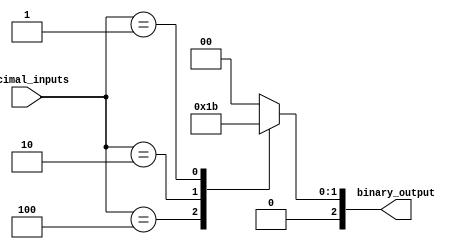
module Decimal_Priority_Encoder (
    input [3:0] decimal_inputs,
    output reg [2:0] binary_output
);

always @* begin
    case(decimal_inputs)
        4'b1000: binary_output = 3'b000; // Decimal input 8 has highest priority
        4'b0100: binary_output = 3'b001; // Decimal input 4 has highest priority
        4'b0010: binary_output = 3'b010; // Decimal input 2 has highest priority
        4'b0001: binary_output = 3'b011; // Decimal input 1 has highest priority
        default: binary_output = 3'b000; // Default case if no priority input
    endcase
end

endmodule